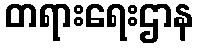
တရားရေးဌာန